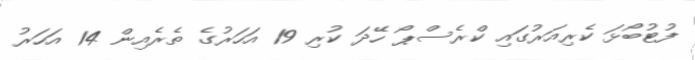
ފުޓުބޯޅަ ކެރިއަރުގައި ކްރެސްޕޯ ހޭދަ ކުރި 19 އަހަރުގެ ތެރެއިން 14 އަހަރު